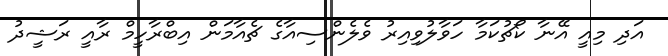
އަދި މިއީ އޭނާ ކޯޗުކަމާ ހަވާލުވިއިރު ވެލެންސިއާގެ ޗެއާމަން އިބްރާހީމް ރާއީ ރަޝީދު